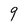
Character: 9